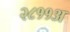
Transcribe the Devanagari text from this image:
२८११अ